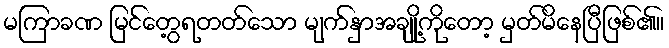
မကြာခဏ မြင်တွေ့ရတတ်သော မျက်နှာအချို့ကိုတော့ မှတ်မိနေပြီဖြစ်၏။